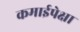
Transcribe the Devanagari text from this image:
कमाईपेक्षा